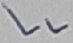
Text: LL